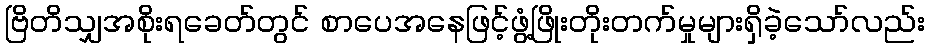
ဗြိတိသျှအစိုးရခေတ်တွင် စာပေအနေဖြင့်ဖွံ့ဖြိုးတိုးတက်မှုများရှိခဲ့သော်လည်း